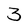
Character: 3